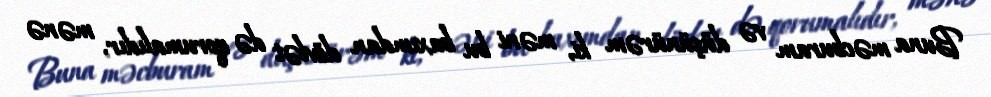
Buna məcburam və düşünürəm ki, məni bu baxımdan dövlət də qorumalıdır, mənə